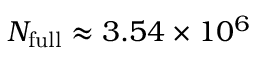
N _ { \mathrm { f u l l } } \approx 3 . 5 4 \times 1 0 ^ { 6 }